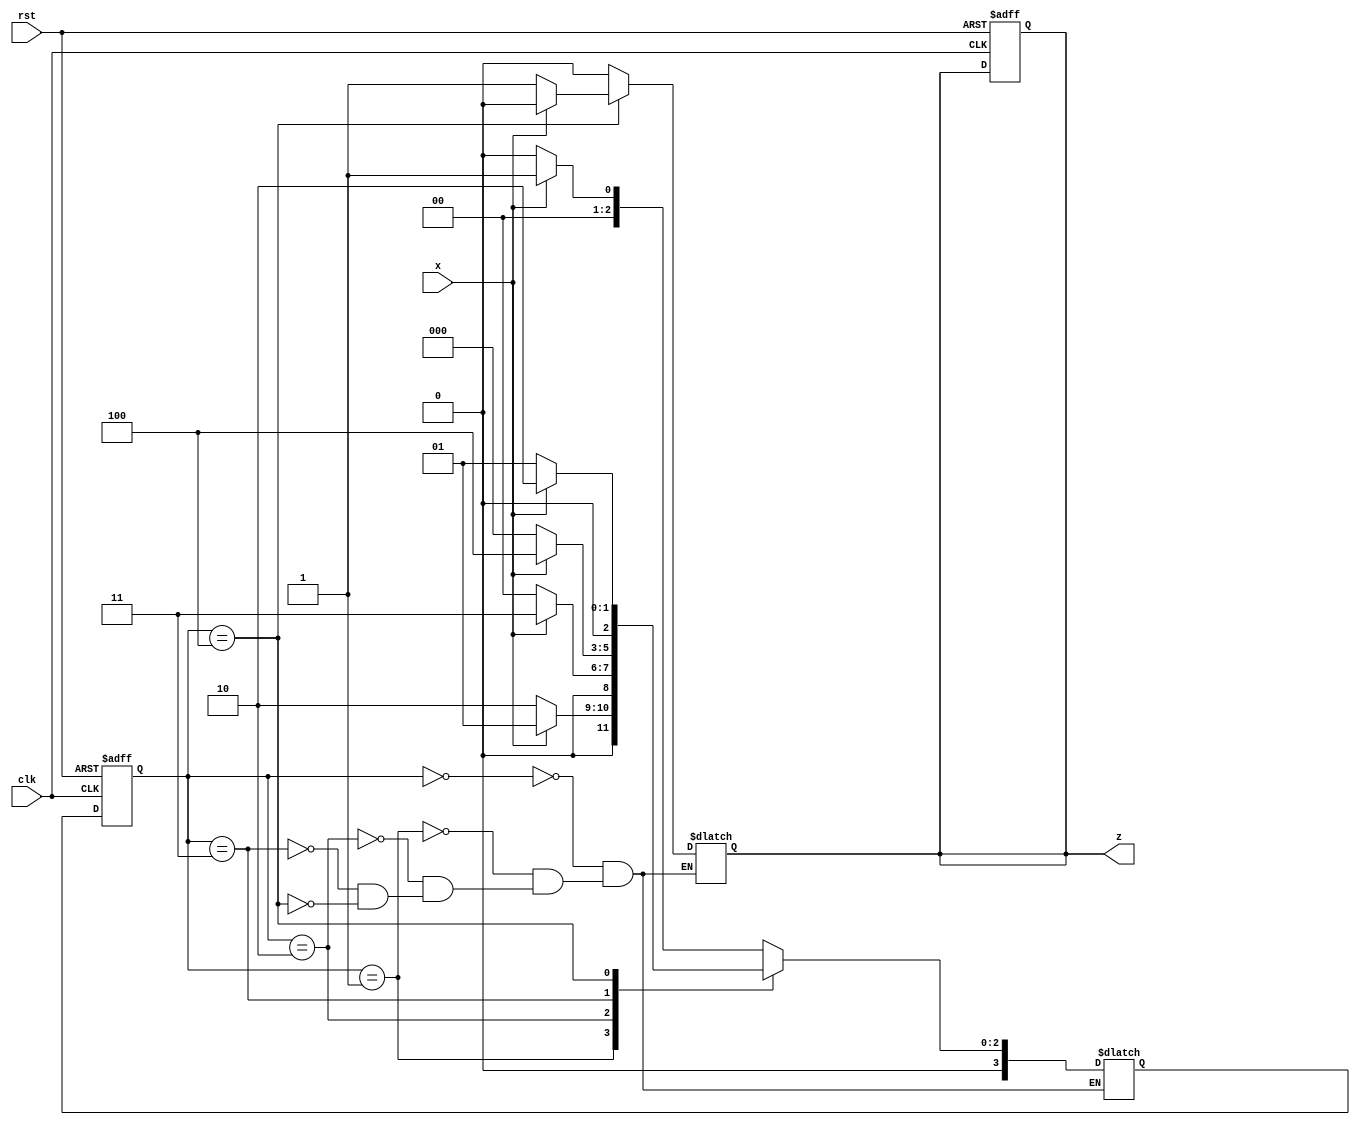
`timescale 1ns/1ps

module seq_detec(clk,x,z,rst);
  input clk,x,rst;
  output reg z;
  reg [3:0] ps ,ns;
  parameter S0=3'b000 , S1=3'b001, S2=3'b010, S3=3'b011, S4=3'b100;
  
  always @(posedge clk, posedge rst) begin
    if (rst) begin
      z<=0;
      ps<=S0;
    end
    else
      ps<=ns;
  end
  always @(ps,x) begin
    case(ps)
      S0: begin
        z= x?0:0;
        ns=x?S1:S0;
      end
       S1: begin
        z= x?0:0;
        ns=x?S1:S2;
      end
       S2: begin
        z= x?0:0;
        ns=x?S3:S0;
      end
       S3: begin
        z= x?0:0;
        ns=x?S4:S0;
      end
      S4: begin
        z= x?0:1;
        ns=x?S2:S1;
      end
    endcase
  end
endmodule
    
    //Testbench

`timescale 1ns/1ps
module seq_detec_tb;
  reg clk,rst,x;
  wire z;
  seq_detec sq1 (.clk(clk),.x(x),.rst(rst),.z(z));
initial
  begin
    clk=0;
    rst=1;
    $dumpfile("seq_detec.vcd");
    $dumpvars;
  end
  
  always clk = #5 ~clk;
  initial
    begin
      $monitor("Input=%b Output=%b",x,z);
      
      #2 rst=0; x=0;
      #10 x=1;
      #10 x=0;
      #10 x=0;
      #10 x=1;
      #10 x=1;
      #10 x=0;
      #10 x=1;
      #10 x=1;
      #10 x=0;
      #10 x=1;
      #10 $finish;
    end
endmodule